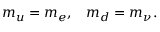
\begin{array} { c c } { { m _ { u } = m _ { e } , } } & { { m _ { d } = m _ { \nu } . } } \end{array}